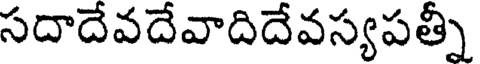
సదాదేవదేవాదిదేవస్యపత్నీ